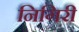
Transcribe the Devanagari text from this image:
निगिरी